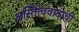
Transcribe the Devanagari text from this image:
अस्तित्ववादाची